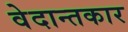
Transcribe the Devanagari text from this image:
वेदान्तकार